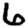
Digit: 6